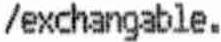
/EXCHANGABLE.